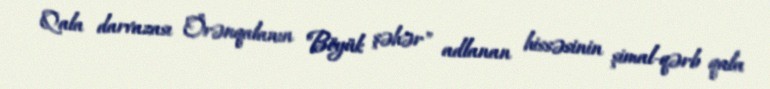
Qala darvazası Örənqalanın "Böyük şəhər" adlanan hissəsinin şimal-qərb qala